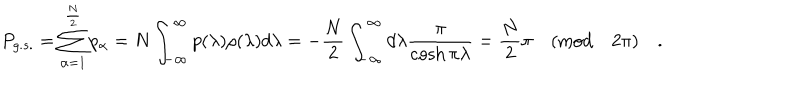
LaTeX: P _ { g . s . } = \sum _ { \alpha = 1 } ^ { \frac { N } { 2 } } p _ { \alpha } = N \int _ { - \infty } ^ { \infty } p ( \lambda ) \rho ( \lambda ) d \lambda = - \frac { N } { 2 } \int _ { - \infty } ^ { \infty } d \lambda \frac { \pi } { \cosh \pi \lambda } = \frac { N } { 2 } \pi \quad ( \mathrm { m o d } \quad 2 \pi ) \quad .